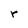
Character: r